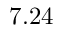
7 . 2 4